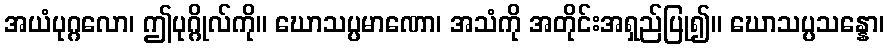
အယံပုဂ္ဂလော၊ ဤပုဂ္ဂိုလ်ကို။ ဃောသပ္ပမာဏော၊ အသံကို အတိုင်းအရှည်ပြု၍။ ဃောသပ္ပသန္နော၊